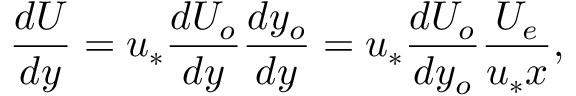
\frac { d U } { d y } = u _ { * } \frac { d U _ { o } } { d y } \frac { d y _ { o } } { d y } = u _ { * } \frac { d U _ { o } } { d y _ { o } } \frac { U _ { e } } { u _ { * } x } ,